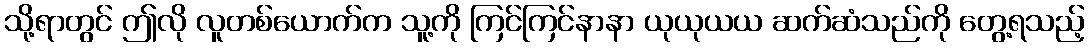
သို့ရာတွင် ဤလို လူတစ်ယောက်က သူ့ကို ကြင်ကြင်နာနာ ယုယုယယ ဆက်ဆံသည်ကို တွေ့ရသည့်